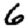
Digit: 6